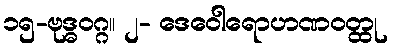
၁၅-ဗုဒ္ဓဝဂ္ဂ။ ၂- ဒေဝေါရောဟဏဝတ္ထု